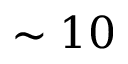
\sim 1 0